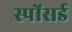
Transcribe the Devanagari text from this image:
स्पोंसर्ड